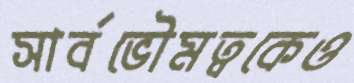
সার্বভৌমত্বকেও